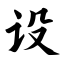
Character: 设